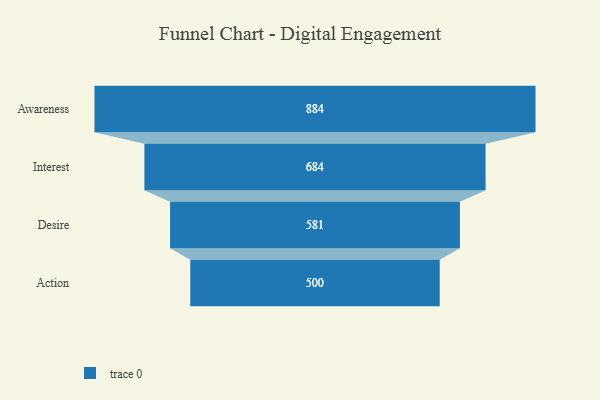
{"axis": {"x": "Stage", "y": "Value"}, "legend": [""], "data": [{"x": "Awareness", "y": 884.0, "type": ""}, {"x": "Interest", "y": 684.0, "type": ""}, {"x": "Desire", "y": 581.0, "type": ""}, {"x": "Action", "y": 500, "type": ""}]}